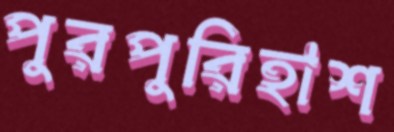
পুরপুরিহাশ